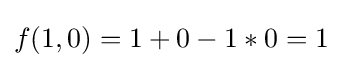
f(1,0)=1+0-1*0=1